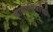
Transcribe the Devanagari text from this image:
छायाचित्रांची